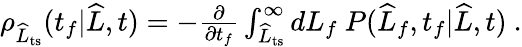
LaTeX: \begin{array}{r}{\rho_{\widehat{L}_{\mathrm{ts}}}(t_{f}|\widehat{L},t)=-\frac{\partial}{\partial t_{f}}\int_{\widehat{L}_{\mathrm{ts}}}^{\infty}dL_{f}\ P(\widehat{L}_{f},t_{f}|\widehat{L},t)\ .}\end{array}